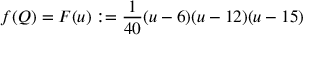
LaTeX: f ( Q ) = F ( u ) : = \frac { 1 } { 4 0 } ( u - 6 ) ( u - 1 2 ) ( u - 1 5 )